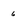
Character: 6